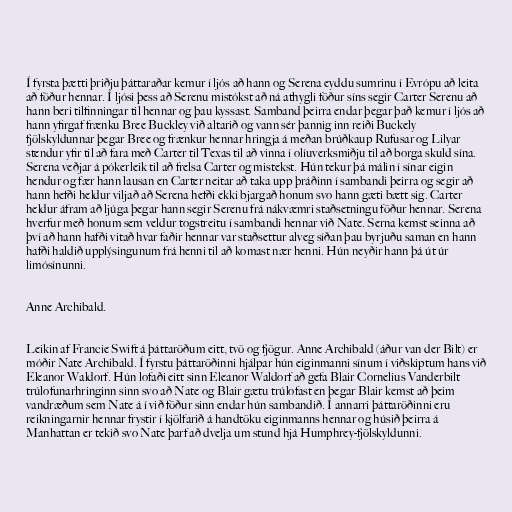
Í fyrsta þætti þriðju þáttaraðar kemur í ljós að hann og Serena eyddu sumrinu í Evrópu að leita
að föður hennar. Í ljósi þess að Serenu mistókst að ná athygli föður síns segir Carter Serenu að
hann beri tilfinningar til hennar og þau kyssast. Samband þeirra endar þegar það kemur í ljós að
hann yfirgaf frænku Bree Buckley við altarið og vann sér þannig inn reiði Buckely
fjölskyldunnar þegar Bree og frænkur hennar hringja á meðan brúðkaup Rufusar og Lilyar
stendur yfir til að fara með Carter til Texas til að vinna í olíuverksmiðju til að borga skuld sína.
Serena veðjar á pókerleik til að frelsa Carter og mistekst. Hún tekur þá málin í sínar eigin
hendur og fær hann lausan en Carter neitar að taka upp þráðinn í sambandi þeirra og segir að
hann hefði heldur viljað að Serena hefði ekki bjargað honum svo hann gæti bætt sig. Carter
heldur áfram að ljúga þegar hann segir Serenu frá nákvæmri staðsetningu föður hennar. Serena
hverfur með honum sem veldur togstreitu í sambandi hennar við Nate. Serna kemst seinna að
því að hann hafði vitað hvar faðir hennar var staðsettur alveg síðan þau byrjuðu saman en hann
hafði haldið upplýsingunum frá henni til að komast nær henni. Hún neyðir hann þá út úr
limósínunni.

Anne Archibald.

Leikin af Francie Swift á þáttaröðum eitt, tvö og fjögur. Anne Archibald (áður van der Bilt) er
móðir Nate Archibald. Í fyrstu þáttaröðinni hjálpar hún eiginmanni sínum í viðskiptum hans við
Eleanor Waldorf. Hún lofaði eitt sinn Eleanor Waldorf að gefa Blair Cornelius Vanderbilt
trúlofunarhringinn sinn svo að Nate og Blair gætu trúlofast en þegar Blair kemst að þeim
vandræðum sem Nate á í við föður sinn endar hún sambandið. Í annarri þáttaröðinni eru
reikningarnir hennar frystir í kjölfarið á handtöku eiginmanns hennar og húsið þeirra á
Manhattan er tekið svo Nate þarf að dvelja um stund hjá Humphrey-fjölskyldunni.